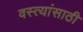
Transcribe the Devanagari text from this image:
वस्त्यांसाठी